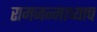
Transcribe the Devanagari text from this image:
रामजन्माच्याच